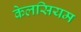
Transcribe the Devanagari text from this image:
केलसियम